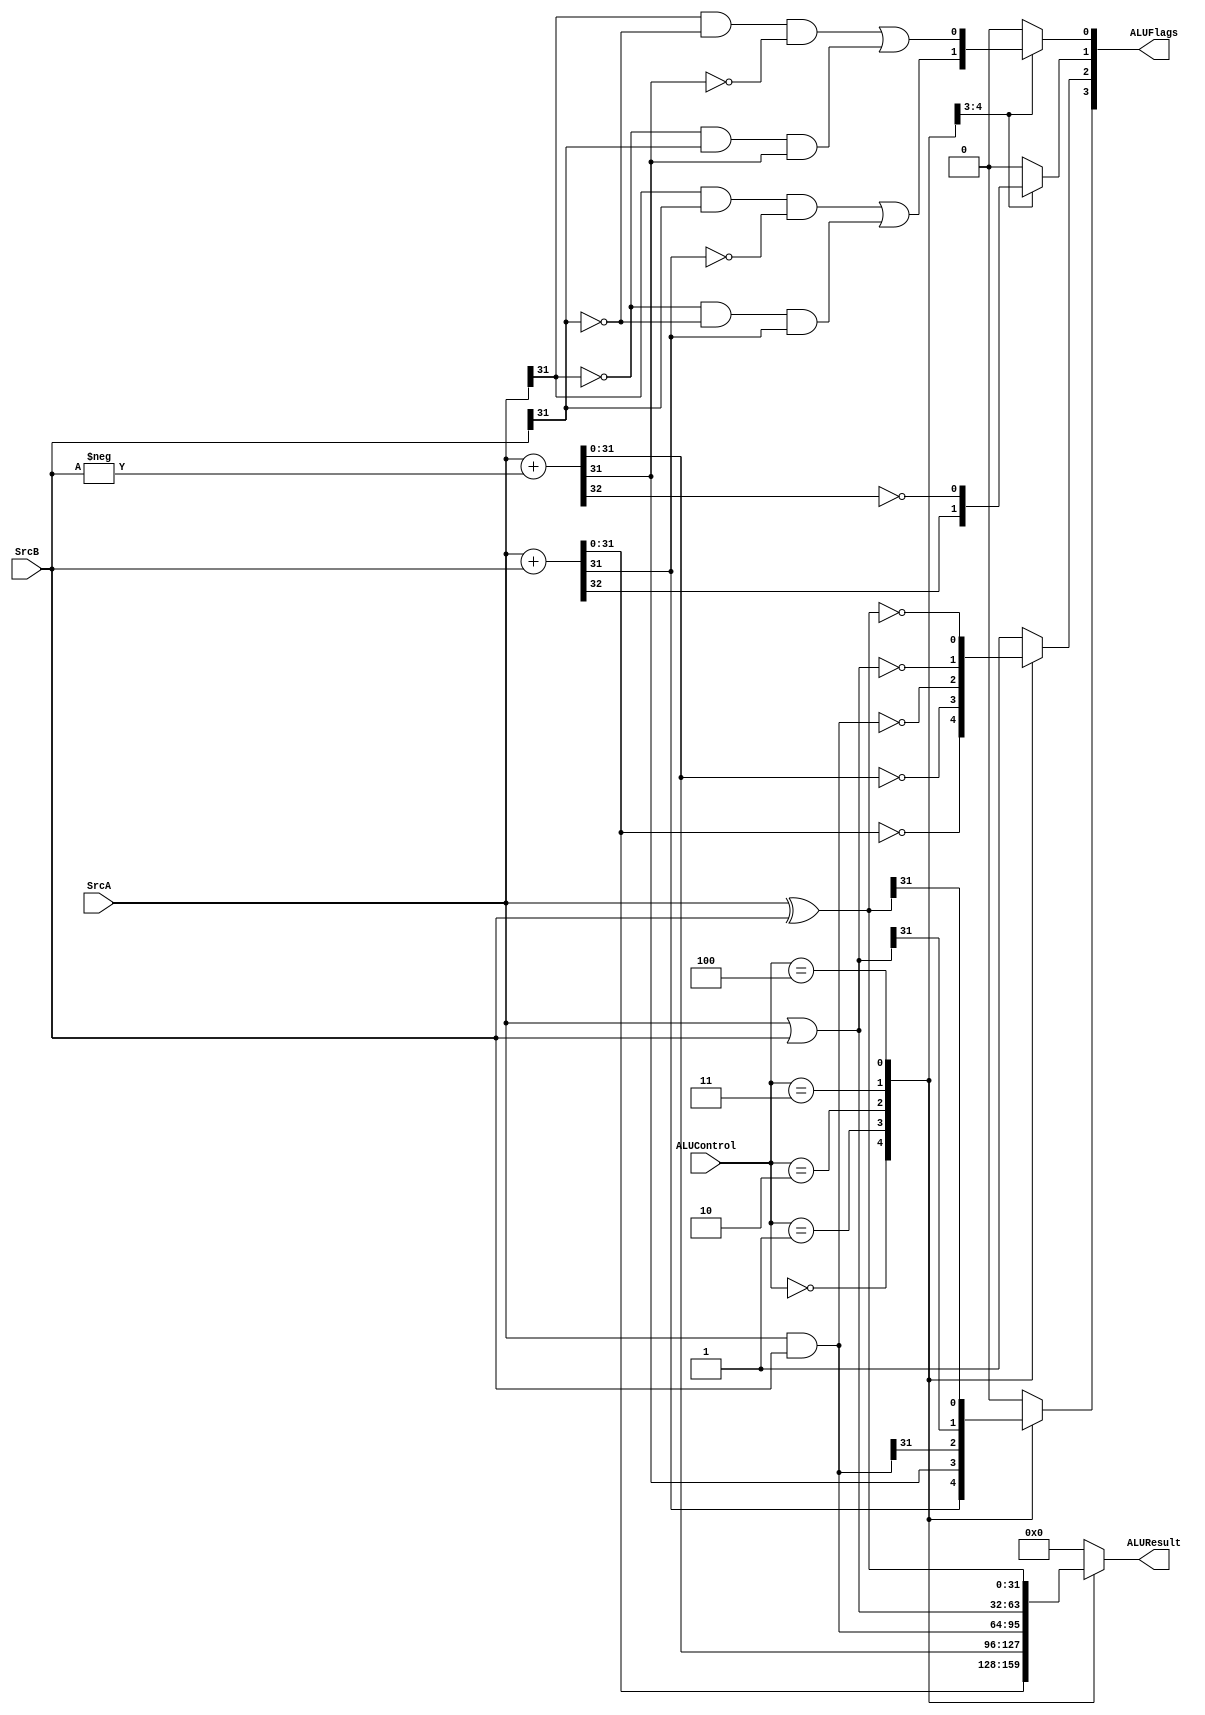
//----------------------------------------------------------------------------//
//  alu.v
//  
//  The ALU receives an input `ALUControl` which indicates the operation to 
//  perform on `SrcA` and `SrcB`. The Proper flags are then set and the result
//  is written to `ALUResult`
//
//----------------------------------------------------------------------------//

module alu(ALUResult, ALUFlags, ALUControl, SrcA, SrcB);
	output  [31:0]  ALUResult;
	output  [3:0]   ALUFlags;
	input   [2:0]   ALUControl;
	input   [31:0]  SrcA, SrcB;

	reg     [31:0]  ALUResult;
	reg             N,Z,C,V;

	always @(ALUControl,SrcA,SrcB) begin
		case(ALUControl)
			3'b000: begin   {C, ALUResult} = SrcA + SrcB;     // ADD
							Z = (ALUResult == 32'b0);
							N = ALUResult[31];
							V = SrcA[31] && SrcB[31] && (!ALUResult[31]) 
								|| (!SrcA[31]) && (!SrcB[31]) && ALUResult[31];
					end
			3'b001: begin   {C, ALUResult} = SrcA + (-SrcB);  // SUB
							C = !C;
							Z = (ALUResult == 32'b0);
							N = ALUResult[31];
							V = SrcA[31] && (!SrcB[31]) && (!ALUResult[31])
								|| (!SrcA[31]) && (SrcB[31]) && ALUResult[31];
					end
			3'b010: begin  ALUResult = SrcA & SrcB;          // AND
							Z = (ALUResult == 32'b0);
							N = ALUResult[31];
							V = 0;    // Don't care
							C = 0;    // Don't care
					end
			3'b011: begin   ALUResult = SrcA | SrcB;          // ORR
							Z = (ALUResult == 32'b0);
							N = ALUResult[31];
							V = 0;    // Don't care
							C = 0;    // Don't care
					end
			3'b100: begin   ALUResult = SrcA ^ SrcB;          // EOR
							Z = (ALUResult == 32'b0);
							N = ALUResult[31];
							V = 0;    // Don't care
							C = 0;    // Don't care
					end
			default:begin ALUResult = 32'b0;
						  {N, Z, C, V} = 4'b0100; 
					end
		endcase
	end

	assign ALUFlags = {N,Z,C,V};
endmodule